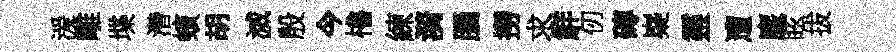
湲雕堞濳蠙胡滅殷今櫓練漪腦撈求觧仞磚嶷靈遭麈眩拔